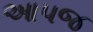
આપજ